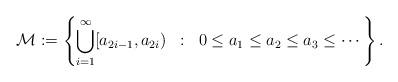
LaTeX: \begin{align*}\mathcal{M} := \left\{ \bigcup_{i=1}^\infty [a_{2i-1},a_{2i}) \;\;:\;\; 0 \leq a_1 \leq a_2 \leq a_3 \leq \cdots \right\}.\end{align*}